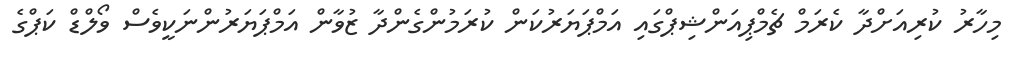
މިހާރު ކުރިއަށްދާ ކެރަމް ޗެމްޕިއަންޝިޕްގައި އަމްޕަޔަރުކަން ކުރަމުންގެންދާ ޒުވާން އަމްޕަޔަރުންނަކީވެސް ވޯލްޑް ކަޕްގެ